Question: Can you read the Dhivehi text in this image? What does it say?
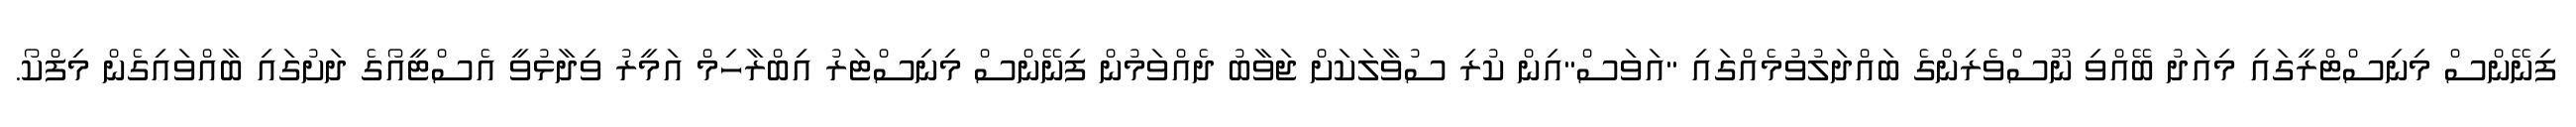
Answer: ފިނޭންސް މިނިސްޓްރީގައި މިއަދު ބޭއްވި ނޫސްވެރިންގެ ބައްދަލުވުމެއްގައި "އަވަސް"އިން ކުރި ސުވާލަކަށް ޖަވާބު ދެއްވަމުން ފިނޭންސް މިނިސްޓަރު އިބްރާހިމް އަމީރު ވިދާޅުވީ އެސްޓީއޯގެ ދަށުގައި ބާއްވައިގެން މިފްކޯ.